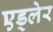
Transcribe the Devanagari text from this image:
एड्लेर